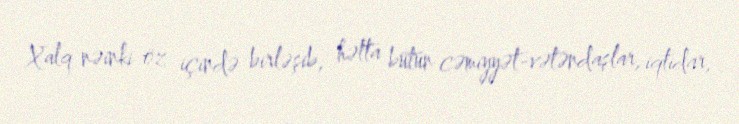
Xalq nəinki öz içində birləşib, hətta bütün cəmiyyət-vətəndaşlar, iqtidar,